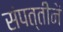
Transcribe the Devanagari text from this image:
संपत्तीनें